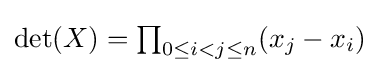
\textstyle \det(X)=\prod _{0\leq i<j\leq n}(x_{j}-x_{i})